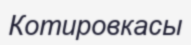
Котировкасы